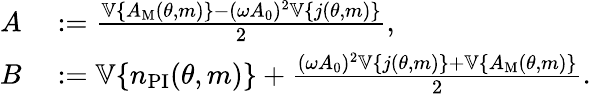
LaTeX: \begin{array}{rl}{A}&{{}:=\frac{\mathbb{V}\{ A_{\mathrm{M}}(\theta,m)\} -(\omega A_{0})^{2}\mathbb{V}\{ j(\theta,m)\} }{2},}\\ {B}&{{}:=\mathbb{V}\{ n_{\mathrm{PI}}(\theta,m)\} +\frac{(\omega A_{0})^{2}\mathbb{V}\{ j(\theta,m)\} +\mathbb{V}\{ A_{\mathrm{M}}(\theta,m)\} }{2}.}\end{array}